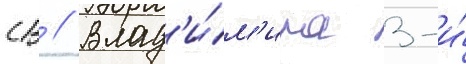
св // Влад'и́м'ира 3-и́